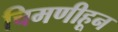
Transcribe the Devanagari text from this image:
चिमणीहून